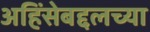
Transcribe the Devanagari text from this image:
अहिंसेबद्दलच्या